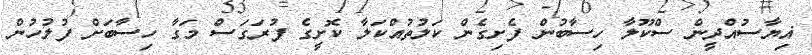
ޣިޔާސުއްދީން ސްކޫލާ ހިސާބުން ފެށިގެން ކަލުތުއްކަލާ ކޮށީގެ ފުރަގަސް މަގާ ހިސާބަށް ފުލުހުން